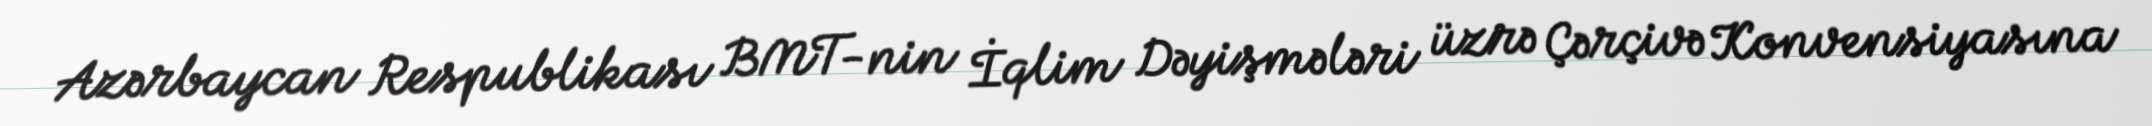
Azərbaycan Respublikası BMT-nin İqlim Dəyişmələri üzrə Çərçivə Konvensiyasına